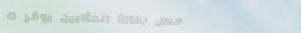
محل بقالة العثابين يوفر ك